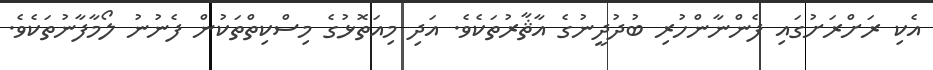
އެކި ރަށްރަށުގައި ފެންނާންހުރި ބުދުދީނުގެ އާޘާރުތަކެވެ. އަދި މިއަތޮޅުގެ މިސްކިތްތަކުން ފެނުނު ލޯމާފާނުތަކެވެ.